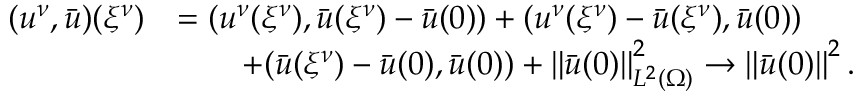
\begin{array} { r l } { ( u ^ { \nu } , \bar { u } ) ( { \xi ^ { \nu } } ) } & { = ( u ^ { \nu } ( { \xi ^ { \nu } } ) , \bar { u } ( { \xi ^ { \nu } } ) - \bar { u } ( 0 ) ) + ( u ^ { \nu } ( { \xi ^ { \nu } } ) - \bar { u } ( { \xi ^ { \nu } } ) , \bar { u } ( 0 ) ) } \\ & { \qquad + ( \bar { u } ( { \xi ^ { \nu } } ) - \bar { u } ( 0 ) , \bar { u } ( 0 ) ) + \left\lVert \bar { u } ( 0 ) \right\rVert _ { L ^ { 2 } ( \Omega ) } ^ { 2 } \to \left\lVert \bar { u } ( 0 ) \right\rVert ^ { 2 } . } \end{array}